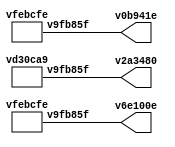
// This program was cloned from: https://github.com/FPGAwars/apio
// License: GNU General Public License v2.0

// Code generated by Icestudio 0.8.1w202112300112

`default_nettype none

//---- Top entity
module main (
 output v6e100e,
 output v0b941e,
 output v2a3480
);
 wire w0;
 wire w1;
 wire w2;
 assign v0b941e = w0;
 assign v6e100e = w1;
 assign v2a3480 = w2;
 vfebcfe v7dc4a3 (
  .v9fb85f(w0)
 );
 vfebcfe va834d8 (
  .v9fb85f(w1)
 );
 vd30ca9 v9ceafe (
  .v9fb85f(w2)
 );
endmodule

//---- Top entity
module vfebcfe (
 output v9fb85f
);
 wire w0;
 assign v9fb85f = w0;
 vfebcfe_vb2eccd vb2eccd (
  .q(w0)
 );
endmodule

//---------------------------------------------------
//-- bit-1
//-- - - - - - - - - - - - - - - - - - - - - - - - --
//-- Constant bit 1
//---------------------------------------------------

module vfebcfe_vb2eccd (
 output q
);
 //-- Constant bit-1
 assign q = 1'b1;
 
 
endmodule
//---- Top entity
module vd30ca9 (
 output v9fb85f
);
 wire w0;
 assign v9fb85f = w0;
 vd30ca9_vb2eccd vb2eccd (
  .q(w0)
 );
endmodule

//---------------------------------------------------
//-- bit-0
//-- - - - - - - - - - - - - - - - - - - - - - - - --
//-- Constant bit 0
//---------------------------------------------------

module vd30ca9_vb2eccd (
 output q
);
 //-- Constant bit-0
 assign q = 1'b0;
 
 
endmodule